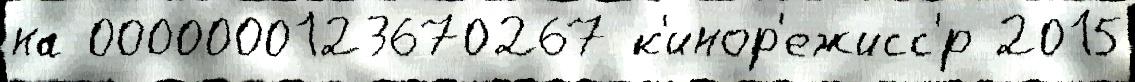
на 0000000123670267 к'инор'ежисс'́р 2015